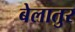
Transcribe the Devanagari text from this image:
बेलातुर